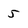
Character: 5